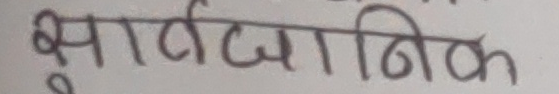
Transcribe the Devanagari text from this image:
सार्वजनिक